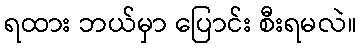
ရထား ဘယ်မှာ ပြောင်း စီးရမလဲ။